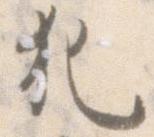
犯